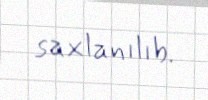
saxlanılıb.